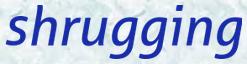
shrugging